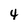
Character: 4